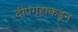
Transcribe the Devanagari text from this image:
दीपगृहाकडून